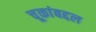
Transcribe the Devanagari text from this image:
चूकांबद्दल